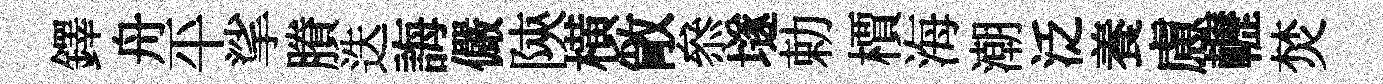
鐸舟平挲賸迭誨儼陝横敞叅𡑞勅檟海潮泛養慮轣焚